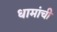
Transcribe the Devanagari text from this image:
धामांची